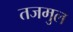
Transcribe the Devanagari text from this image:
तजमुल